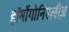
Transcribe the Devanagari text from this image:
हॉर्मोगोनिएलीज़